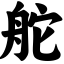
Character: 舵